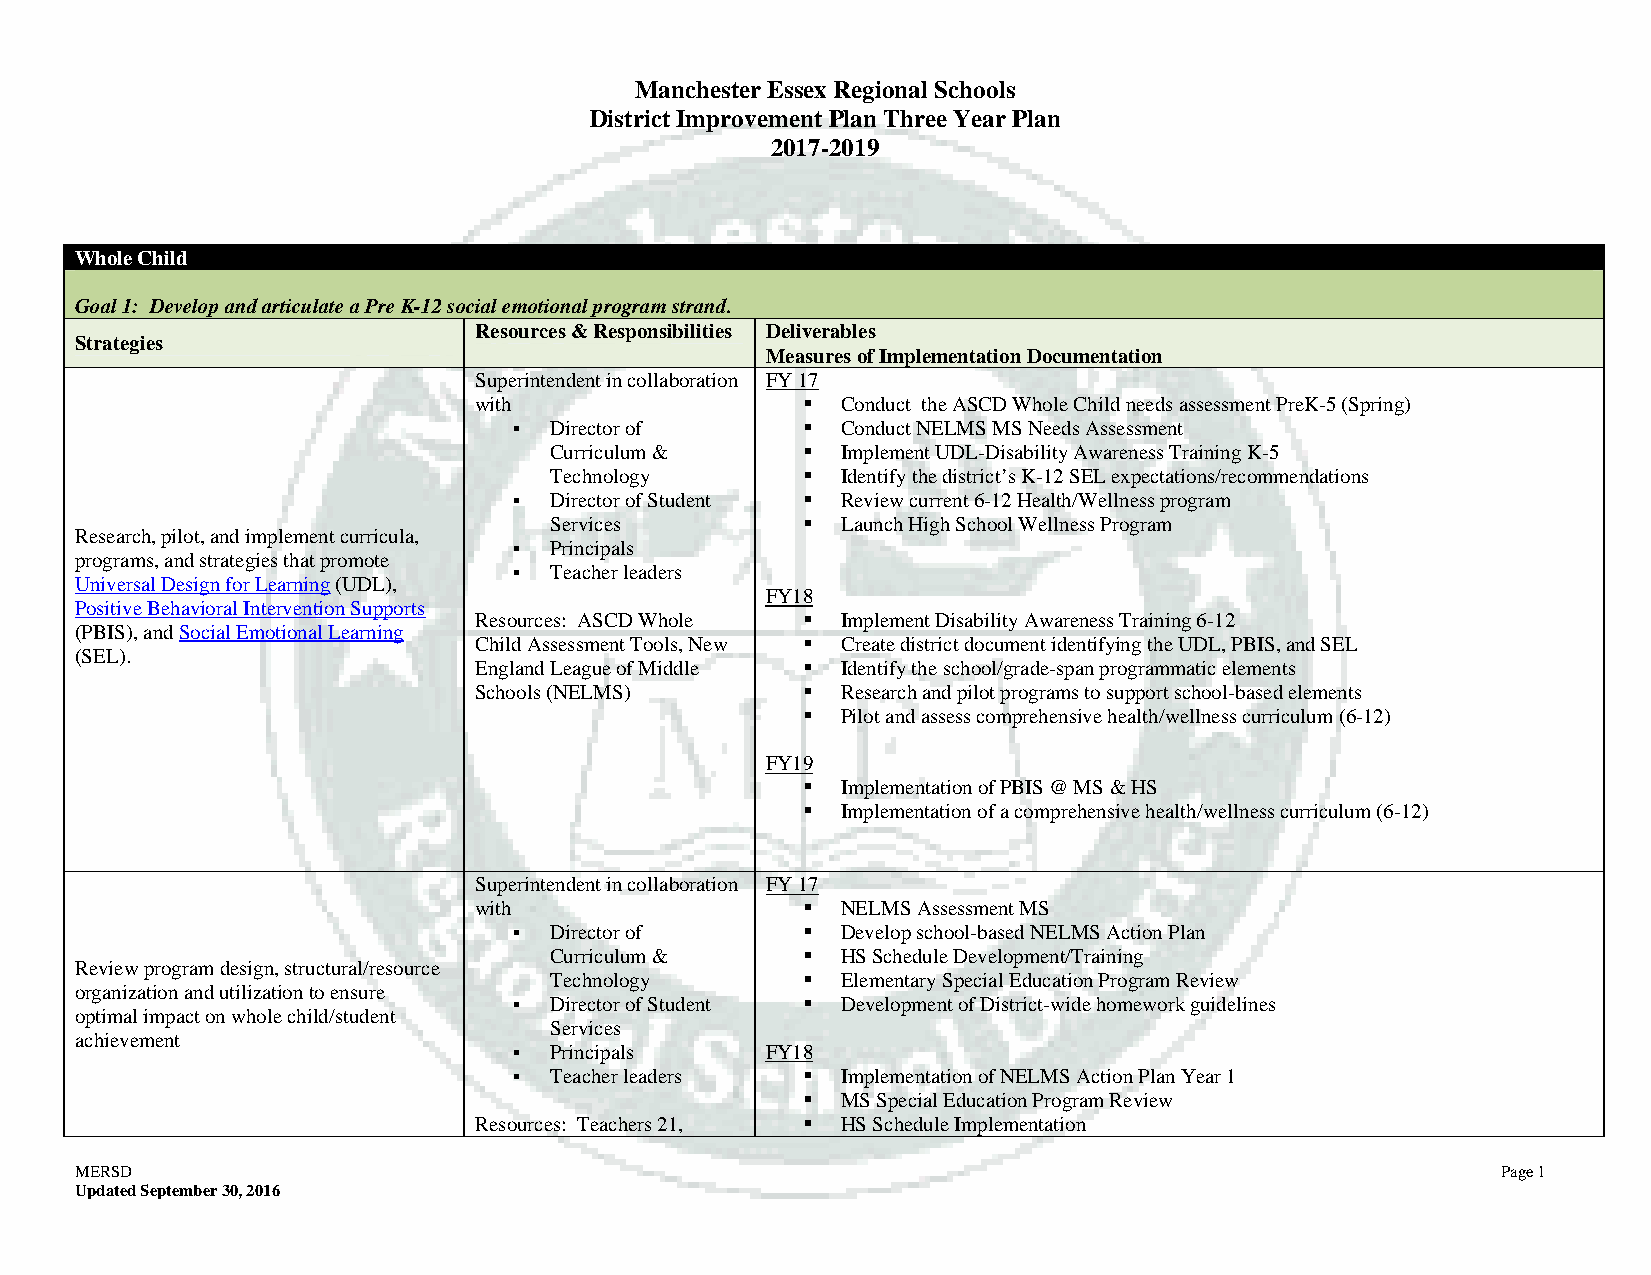
Manchester Essex Regional Schools
 District Improvement Plan Three Year Plan
 2017-2019
 Whole Child
 Goal 1: Develop and articulate a Pre K-12 social emotional program strand.
 Resources & Responsibilities Deliverables
 Strategies
 Measures of Implementation Documentation
 Superintendent in collaboration FY 17
 with                    Conduct the ASCD Whole Child needs assessment PreK-5 (Spring)
  Director of        Conduct NELMS MS Needs Assessment
 Curriculum &       Implement UDL-Disability Awareness Training K-5
 Technology         Identify the district’s K-12 SEL expectations/recommendations
  Director of Student  Review current 6-12 Health/Wellness program
 Services           Launch High School Wellness Program
 Research, pilot, and implement curricula,
  Principals
 programs, and strategies that promote
  Teacher leaders
 Universal Design for Learning (UDL),
 FY18
 Positive Behavioral Intervention Supports
 Resources: ASCD Whole   Implement Disability Awareness Training 6-12
 (PBIS), and Social Emotional Learning
 Child Assessment Tools, New  Create district document identifying the UDL, PBIS, and SEL
 (SEL).
 England League of Middle  Identify the school/grade-span programmatic elements
 Schools (NELMS)         Research and pilot programs to support school-based elements
   Pilot and assess comprehensive health/wellness curriculum (6-12)
 FY19
   Implementation of PBIS @ MS & HS
   Implementation of a comprehensive health/wellness curriculum (6-12)
 Superintendent in collaboration FY 17
 with                    NELMS Assessment MS
  Director of        Develop school-based NELMS Action Plan
 Curriculum &       HS Schedule Development/Training
 Review program design, structural/resource
 Technology         Elementary Special Education Program Review
 organization and utilization to ensure
  Director of Student  Development of District-wide homework guidelines
 optimal impact on whole child/student
 Services
 achievement
  Principals     FY18
  Teacher leaders    Implementation of NELMS Action Plan Year 1
   MS Special Education Program Review
 Resources: Teachers 21,  HS Schedule Implementation
 MERSD                                                                                         Page 1
 Updated September 30, 2016